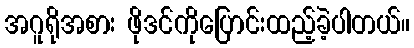
အဂူရိုအစား ဖိုဒင်ကိုပြောင်းထည့်ခဲ့ပါတယ်။